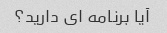
آیا برنامه ای دارید؟